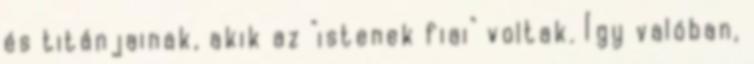
és titánjainak, akik az "istenek fiai" voltak. Így valóban,